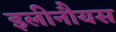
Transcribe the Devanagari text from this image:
इलीनौयस